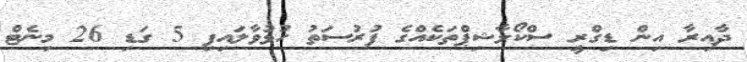
ދާއިރާ އިން ޑިގްރީ ސްކޯލާޝިޕްތަކެއްގެ ފުރުސަތު ހުޅުވާލައިފި 5 ގަޑި 26 މިނެޓް